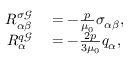
\begin{array} { r l } { R _ { \alpha \beta } ^ { \sigma \mathcal { G } } } & { { } = - \frac { p } { \mu _ { 0 } } \sigma _ { \alpha \beta } , } \\ { R _ { \alpha } ^ { q \mathcal { G } } } & { { } = - \frac { 2 p } { 3 \mu _ { 0 } } q _ { \alpha } , } \end{array}